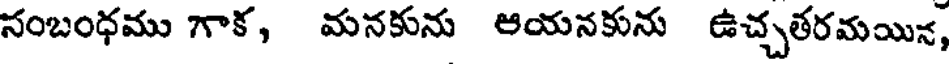
సంబంధము గాక, మనకును ఆయనకును ఉచ్చతరమయిన,